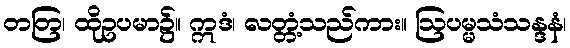
တတြ၊ ထိုဥပမာ၌။ ဣဒံ၊ လတ္တံ့သည်ကား။ ဩပမ္မသံသန္ဒနံ၊